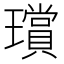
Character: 𤪸